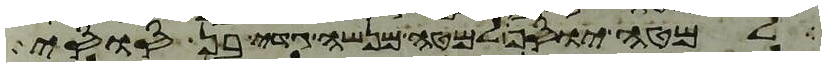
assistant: למטה יוסף למטה מנשה גדי בן סוסי